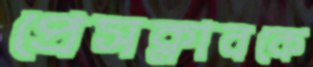
প্রেসক্লাবকে